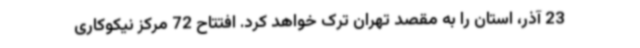
23 آذر، استان را به مقصد تهران ترک خواهد کرد. افتتاح 72 مرکز نیکوکاری